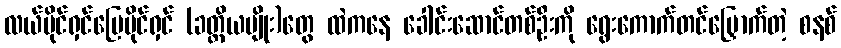
လယ်ပိုင်ရှင်မြေပိုင်ရှင် (ခတ္တိယမျိုး)တွေ ထဲကနေ ခေါင်းဆောင်တစ်ဦးကို ရွေးကောက်တင်မြှောက်တဲ့ စနစ်